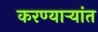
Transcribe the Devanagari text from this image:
करण्यार्‍यांत